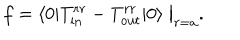
LaTeX: f = \langle 0 | T _ { \mathrm { i n } } ^ { r r } - T _ { \mathrm { o u t } } ^ { r r } | 0 \rangle \bigm | _ { r = a } .